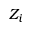
Z _ { i }